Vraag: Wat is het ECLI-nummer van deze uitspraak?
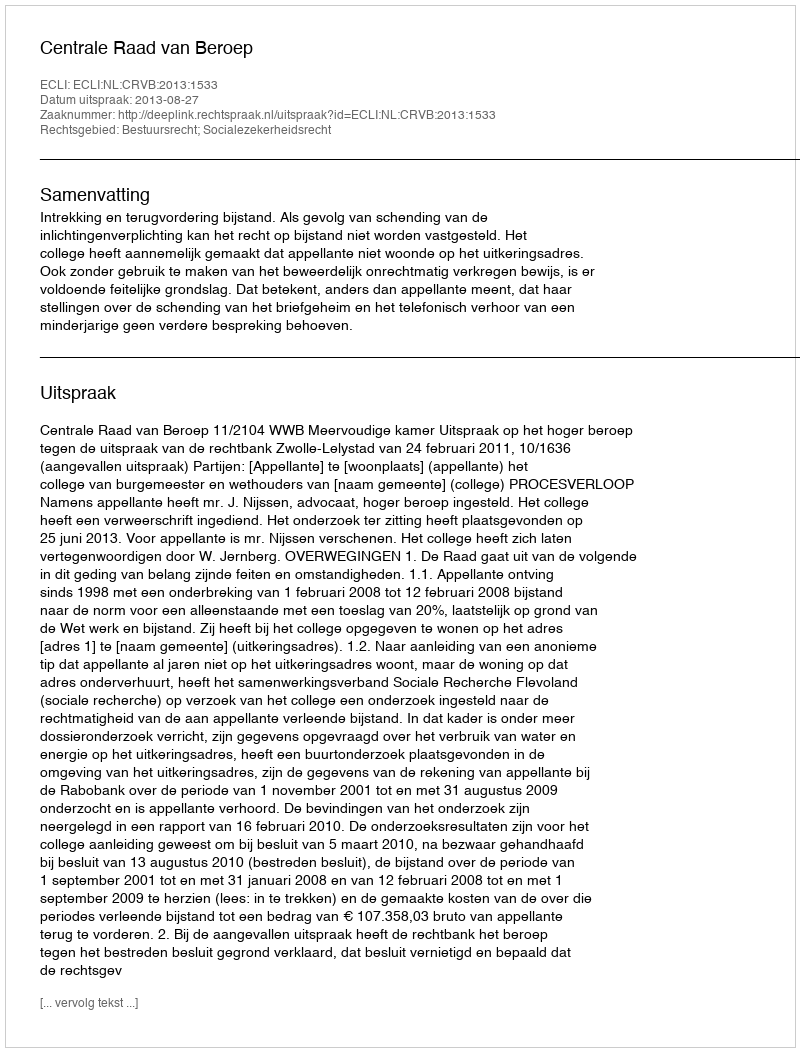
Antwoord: ECLI:NL:CRVB:2013:1533